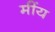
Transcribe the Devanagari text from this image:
मींय